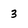
Character: 3